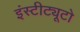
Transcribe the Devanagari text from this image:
इंस्टीट्यूटो